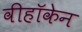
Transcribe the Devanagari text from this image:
वीहॉकेन